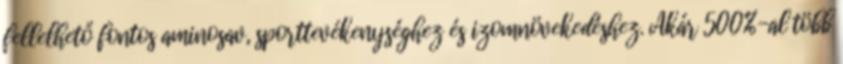
fellelhető fontos aminosav, sporttevékenységhez és izomnövekedéshez. Akár 500%-al több